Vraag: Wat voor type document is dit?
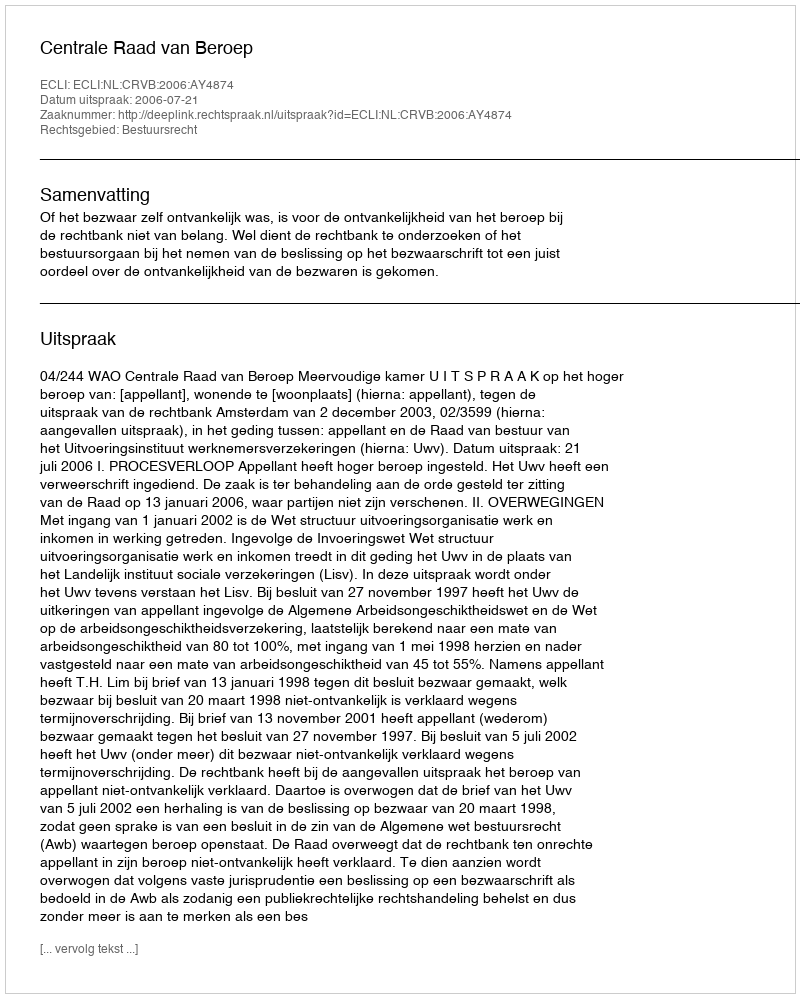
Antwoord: Uitspraak